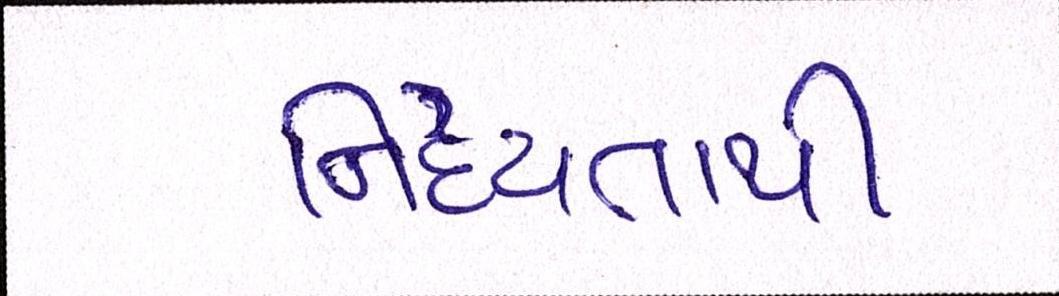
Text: નિર્દયતાથી